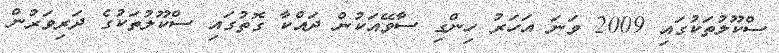
ސްކޫލުތަކުގައި 2009 ވަނަ އަހަރު ހިންގި ސާވޭއަކުން ދައްކާ ގޮތުގައި ސްކޫލުތަކުގެ ދަރިވަރުން